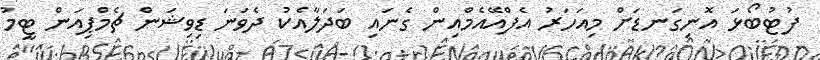
ފުޓުބޯޅަ އޮނިގަނޑަށް މިއަހަރު އެފްއޭއެމްއިން ގެނައި ބަދަލާއެކު ދެވަނަ ޑިވިޝަން ޗެމްޕިއަން ޓީމު